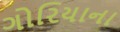
ગોરિયાના